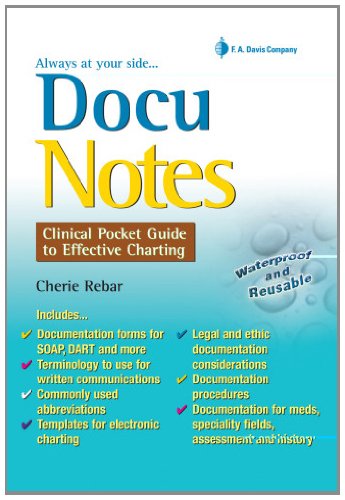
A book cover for DocuNotes: Clinical Pocket Guide to Effective Charting; Cherie Rebar RN  MSN  MBA  FNP; Medical Books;